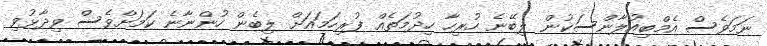
ނަމަވެސް އެމްބިއުލާންސަކުން ލިބޭނެ ހުރިހާ ހިދުމަތެއް ފުރިހަމައަށް ލިބެން ހުންނާނެ ކަމަށްވެސް ވިދާޅުވި